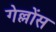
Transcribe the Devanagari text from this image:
गेल्लोंस